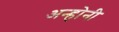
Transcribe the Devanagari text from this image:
अन्होनी